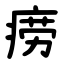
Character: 痨